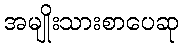
အမျိုးသားစာပေဆု